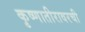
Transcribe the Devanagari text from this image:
कृष्णातीरावरची